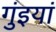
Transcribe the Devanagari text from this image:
गुंइयां